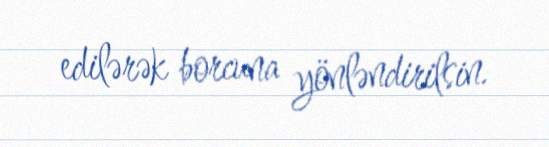
edilərək borcuna yönləndirilsin.